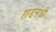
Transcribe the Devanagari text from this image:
हाडसंधी